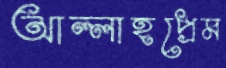
আল্লাহপ্রেম